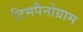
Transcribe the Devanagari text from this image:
टिमपैनोग्राम